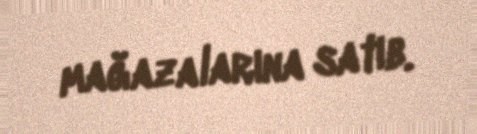
mağazalarına satıb.